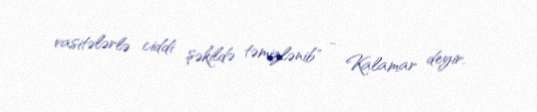
vasitələrlə ciddi şəkildə təmizlənib" - Kalamar deyir.